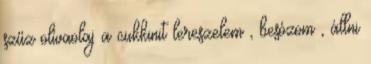
szűz olívaolaj a cukkinit lereszelem , besózom , állni